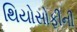
થિયોસોફીની